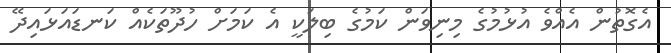
އެގޮތުން އެއްވެ އުޅުމުގެ މިނިވަން ކަމުގެ ބިލަކީ އެ ކަމަށް ހުދޫތަކެއް ކަނޑައަޅައިދޭ